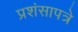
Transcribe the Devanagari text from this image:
प्रशंसापत्रे